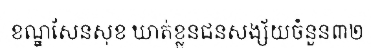
ខណ្ឌសែនសុខ ឃាត់ខ្លួនជនសង្ស័យចំនួន៣២